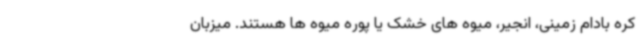
کره بادام زمینی، انجیر، میوه های خشک یا پوره میوه ها هستند. میزبان